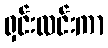
ရှင်းလင်းကာ